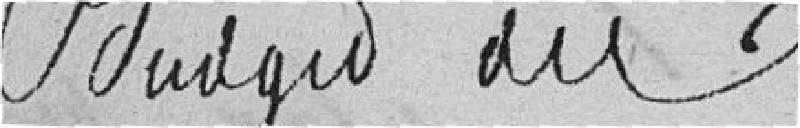
Budget du